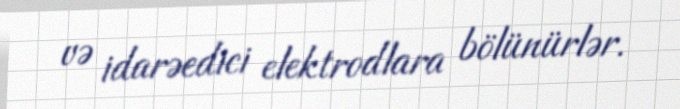
və idarəedici elektrodlara bölünürlər.